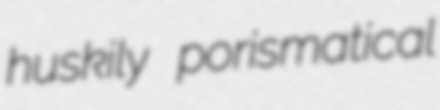
huskily porismatical